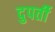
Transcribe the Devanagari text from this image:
दुपर्ती